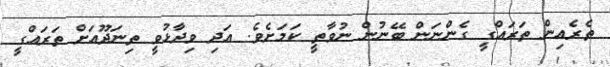
ތެރެއިން ތަރައްގީ ގެންނަން ބޭނުން ނުވާތީ ކަމަށެވެ. އަދި ވިދާޅުވީ ތިނަދޫއަށް ތަރައްގީ